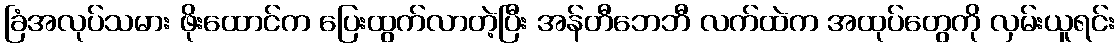
ခြံအလုပ်သမား ဖိုးထောင်က ပြေးထွက်လာတဲ့ပြီး အန်တီဘေဘီ လက်ထဲက အထုပ်တွေကို လှမ်းယူရင်း